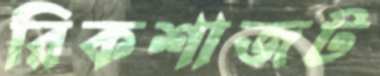
রিকশাজট